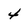
Character: 4